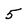
Character: 5